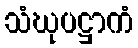
သံဃုပဋ္ဌာကံ